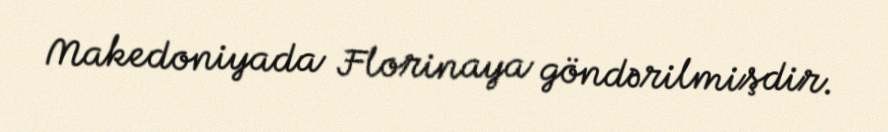
Makedoniyada Florinaya göndərilmişdir.